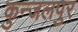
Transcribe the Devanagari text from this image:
कुन्जलपुर